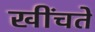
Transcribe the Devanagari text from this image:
खींचतें